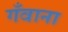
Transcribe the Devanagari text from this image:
गँवाना